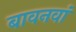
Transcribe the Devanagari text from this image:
बावनवां